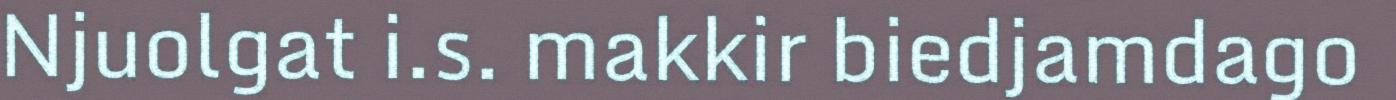
Njuolgat i.s. makkir biedjamdago